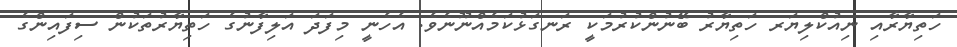
ހަތިޔާރާއި ނިއުކްލިޔަރ ހަތިޔާރު ބޭނުންކުރުމަކީ ރަނގަޅުކަމެއްނޫނެވެ. އެހެނީ މިފަދަ އަލިފާނުގެ ހަތިޔާރުތަކުން ސިފައިންގެ